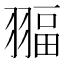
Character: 𦑞